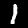
Label: 1